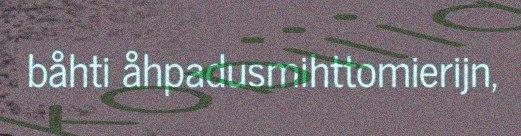
båhti åhpadusmihttomierijn,